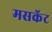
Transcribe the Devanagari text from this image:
मसकॅट